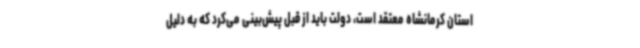
استان کرمانشاه معتقد است، دولت باید از قبل پیش‌بینی می‌کرد که به دلیل